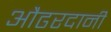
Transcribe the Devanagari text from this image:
औढरदानी